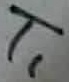
Text: T1